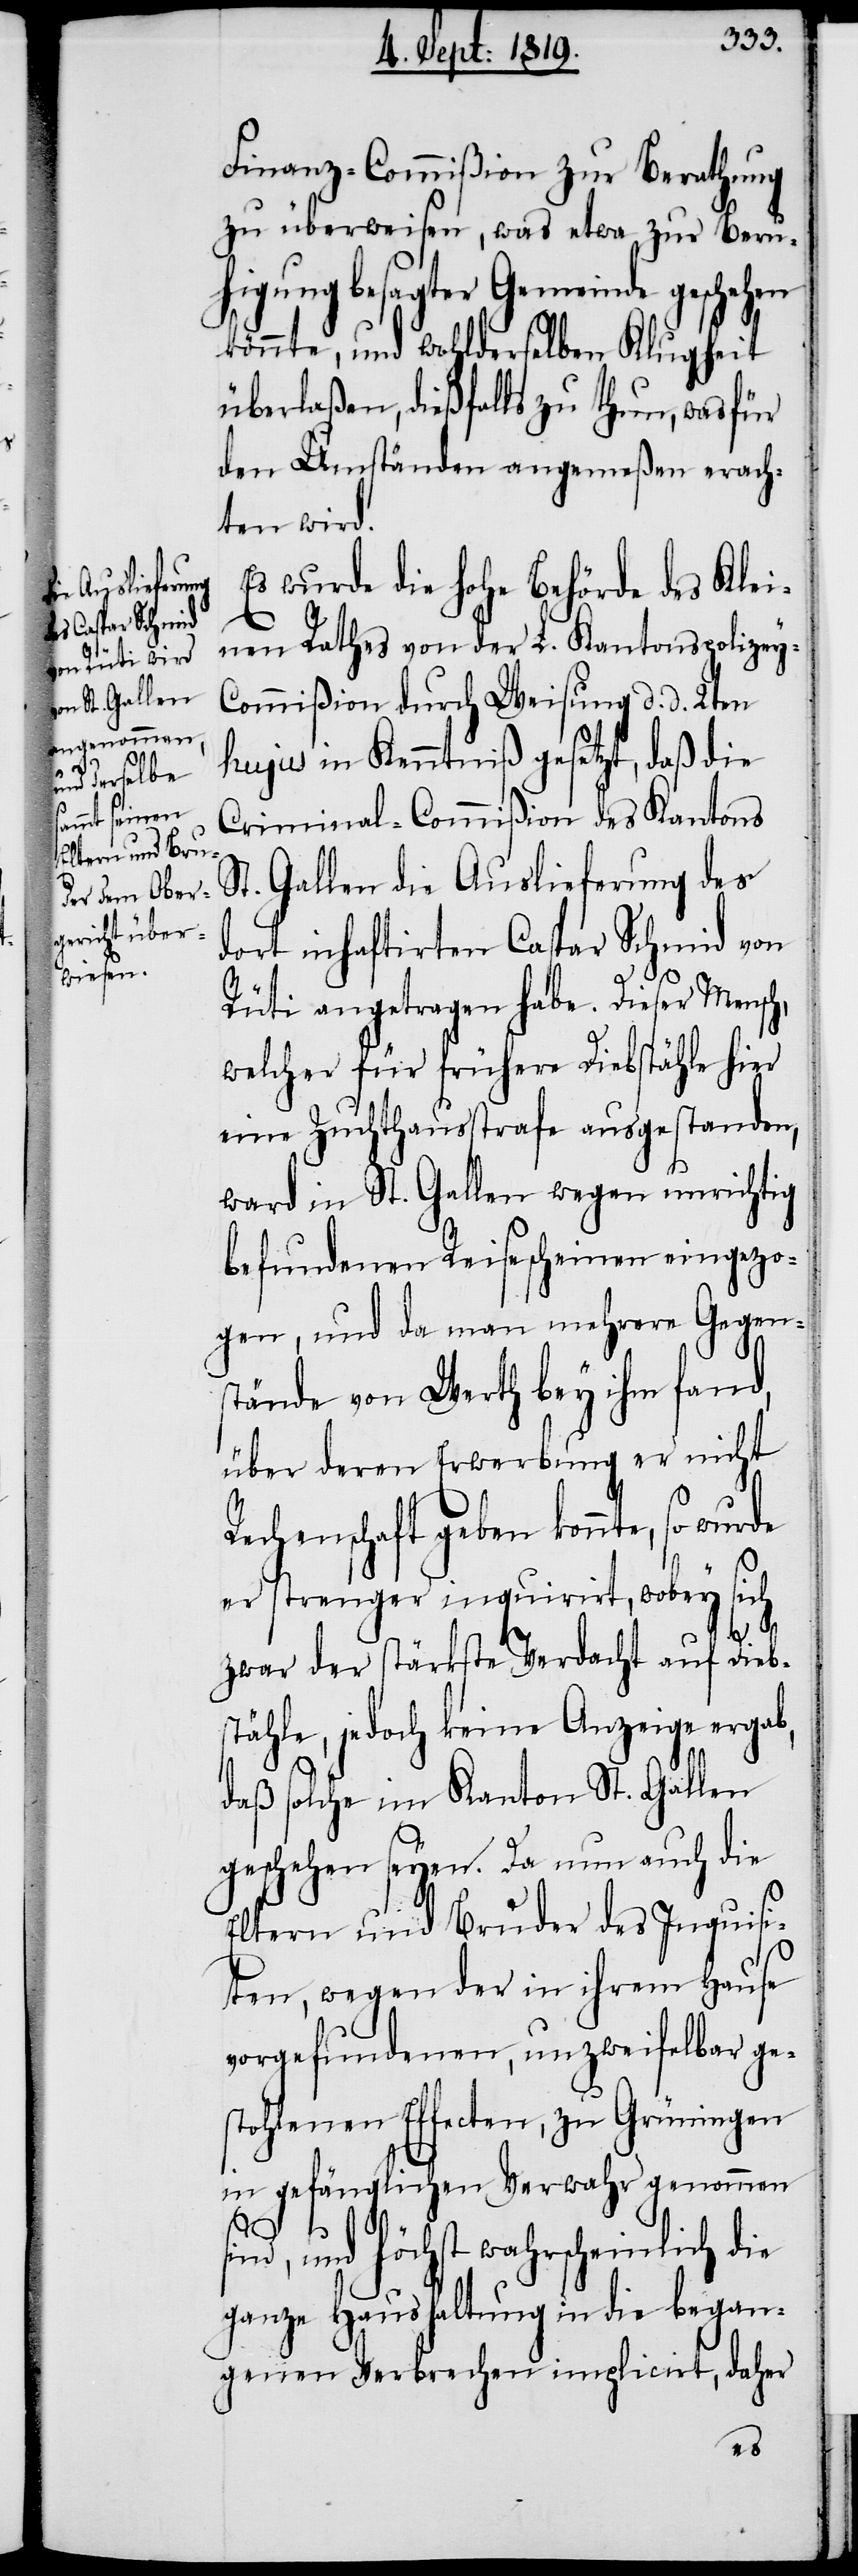
Finanz-Commißion zur Berathung
zu überweisen, was etwa zur Beru¬
higung besagter Gemeinde geschehen
könnte, und wohlderselben Klugheit
überlaßen, dießfalls zu thun, was für
den Umständen angemeßen erach¬
ten wird.
Es wurde die hohe Behörde des Klei¬
nen Rathes von der L. Kantonspolicey-C¬
ommißion durch Weisung d. d. 2ten
hujus in Kenntniß gesetzt, daß die
Criminal-Commißion des Kantons
St. Gallen die Auslieferung des
dort inhaftierten Caspar Schmid von
Rüti angetragen habe. Dieser Mensch,
welcher für frühere Diebstähle hier
eine Zuchthausstrafe ausgestanden,
ward in St. Gallen wegen unrichtig
befundenen Reisescheinen eingezo¬
gen, und da man mehrere Gegen¬
stände von Werth bey ihm fand,
über deren Erwerbung er nicht
Rechenschaft geben konnte, so wurde
er strenger inquirirt, wobey sich
zwar der stärkste Verdacht auf Dieb¬
stähle, jedoch keine Anzeige ergab,
daß solche im Kanton St. Gallen
geschehen seyen. Da nun auch die
Eltern und Bruder des Inquisi¬
ten, wegen der in ihrem Hause
vorgefundenen, unzweifelbar ge¬
stohlenen Effecten, zu Grüningen
in gefänglichen Verwahr genommen
sind, und höchst wahrscheinlich die
ganze Haushaltung in die began¬
genen Verbrechen implicirt, daher